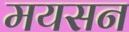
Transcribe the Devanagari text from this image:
मयसन